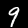
Digit: 9